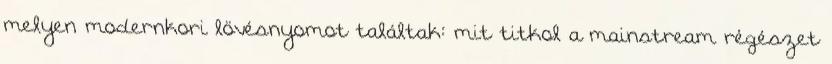
melyen modernkori lövésnyomot találtak: mit titkol a mainstream régészet